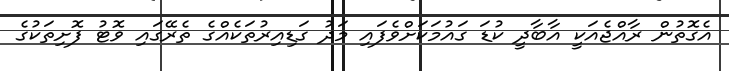
އެގޮތުން ރާއްޖެއަކީ އާބާދީ ކުޑަ ގައުމަކަށްވެފައި މަދު ގަޑިއިރުތަކެއްގެ ތެރޭގައި ވޮޓު ފޮށިތަކުގެ